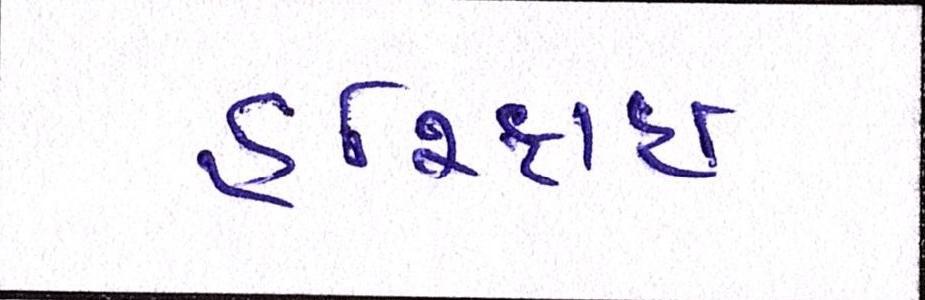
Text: હરિફાઇ